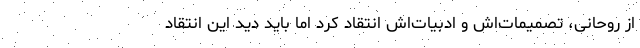
از روحانی، تصمیمات‌اش و ادبیات‌اش انتقاد کرد اما باید دید این انتقاد